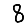
Digit: 8